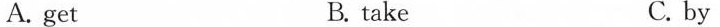
A. get B. take C. by